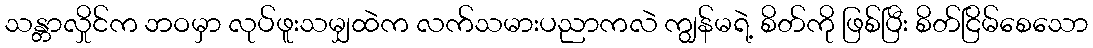
သန္တာလှိုင်က ဘဝမှာ လုပ်ဖူးသမျှထဲက လက်သမားပညာကလဲ ကျွန်မရဲ့ စိတ်ကို ဖြစ်ပြီး စိတ်ငြိမ်စေသော